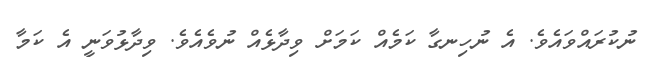
ނުކުރައްވައެވެ. އެ ނުހިނގާ ކަމެއް ކަމަށް ވިދާޅެއް ނުވެއެވެ. ވިދާޅުވަނީ އެ ކަމާ